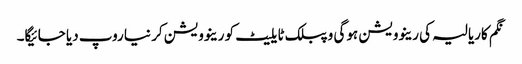
نگم کاریالیہ کی رینوویشن ہوگی و پبلک ٹایلیٹ کو رینوویشن کر نیا روپ دیا جائیگا۔